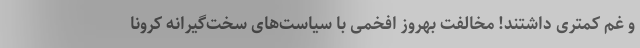
و غم کمتری داشتند! مخالفت بهروز افخمی با سیاست‌های سخت‌گیرانه کرونا